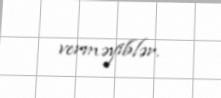
verməyiblər.